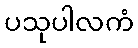
ပသုပါလကံ